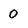
Character: 0